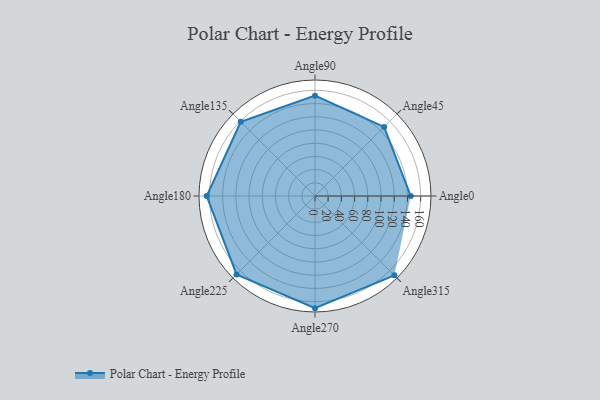
{"axis": {"x": "Angle", "y": "Radius"}, "legend": [""], "data": [{"x": "Angle0", "y": 145.0, "type": ""}, {"x": "Angle45", "y": 148.0, "type": ""}, {"x": "Angle90", "y": 152.0, "type": ""}, {"x": "Angle135", "y": 159.0, "type": ""}, {"x": "Angle180", "y": 164.0, "type": ""}, {"x": "Angle225", "y": 168.0, "type": ""}, {"x": "Angle270", "y": 170, "type": ""}, {"x": "Angle315", "y": 170, "type": ""}]}